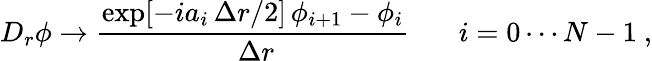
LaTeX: D_{r}\phi\to{\frac{\exp[-ia_{i}\, \Delta r/2]\, \phi_{i+1}-\phi_{i}}{\ \Delta r}}{}~~~~~~~i=0\cdots N-1\ ,